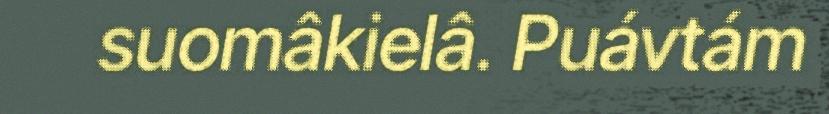
suomâkielâ. Puávtám